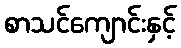
စာသင်ကျောင်းနှင့်